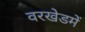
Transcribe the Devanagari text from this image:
वरखेडमें